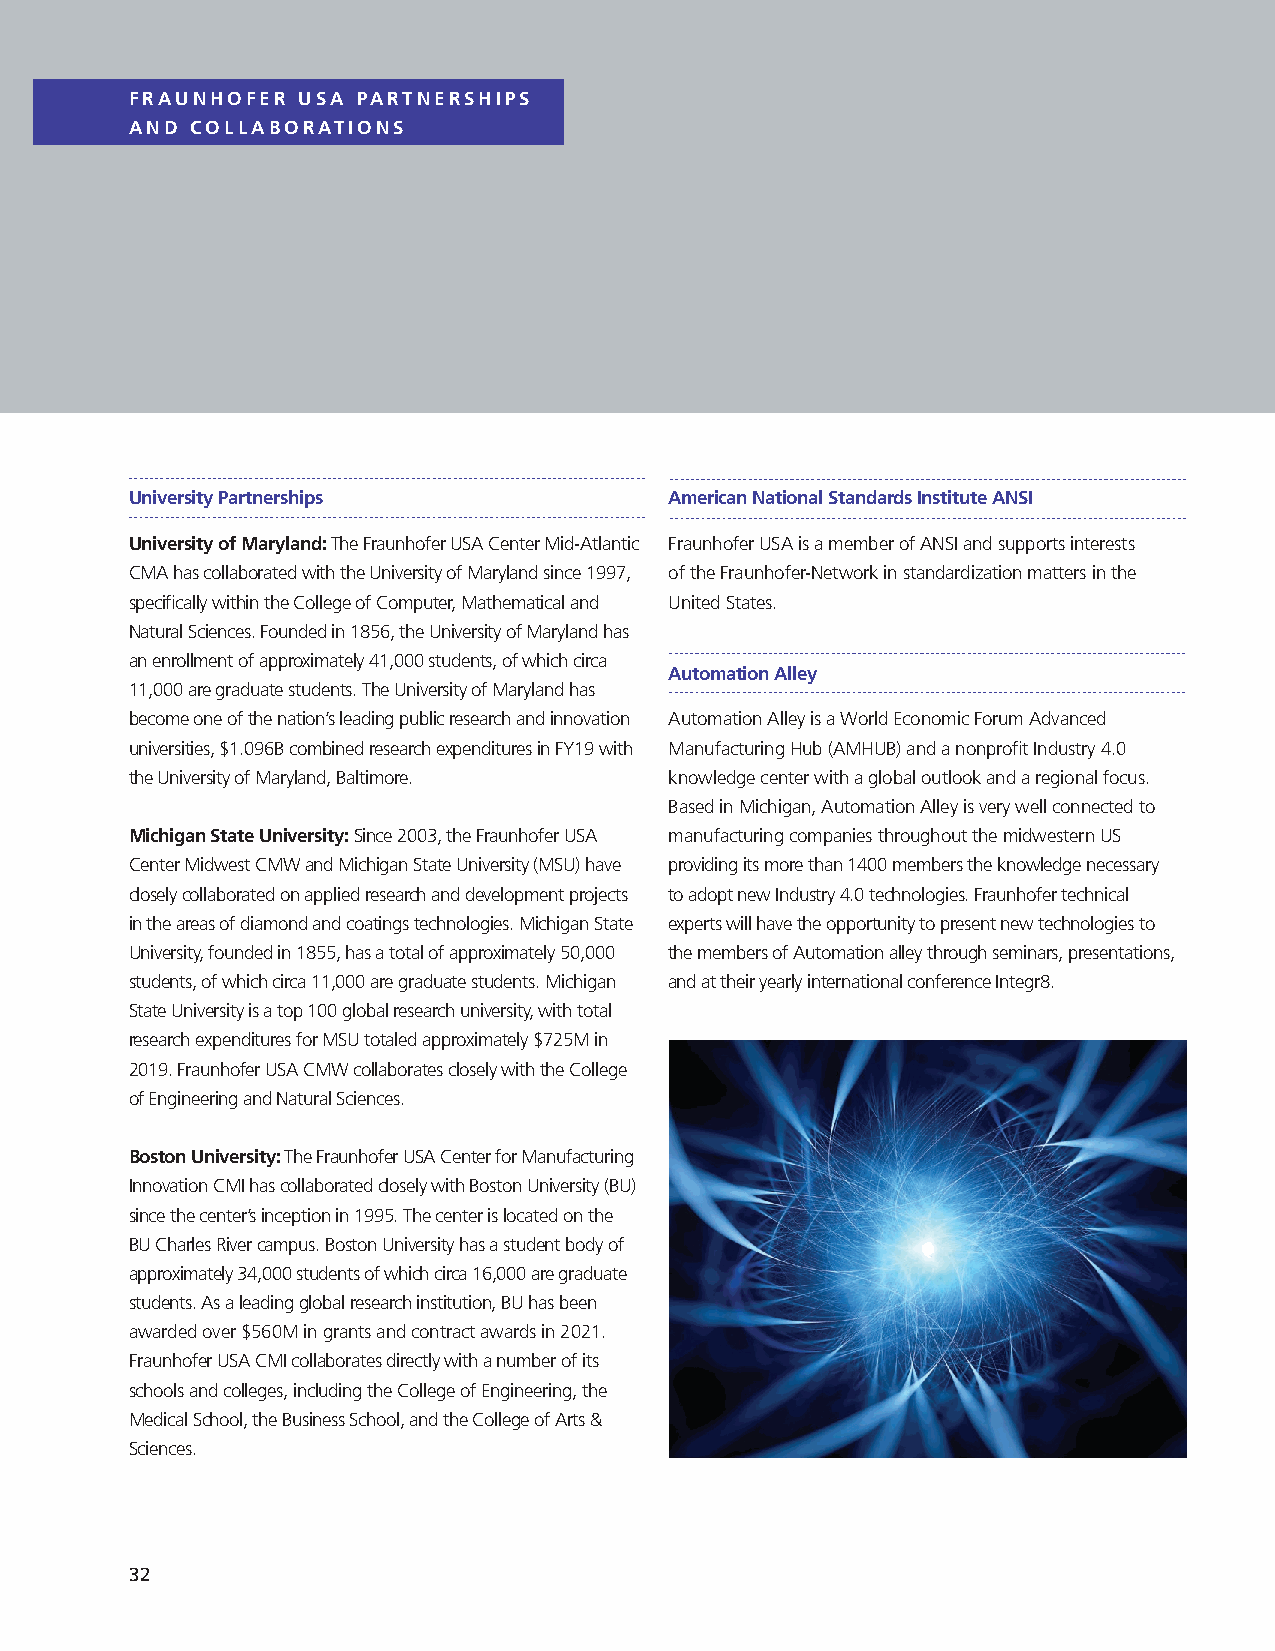
FRAUNHOFER USA PARTNERSHIPS
 AND COLLABORATIONS
 University Partnerships            American National Standards Institute ANSI
 University of Maryland: The Fraunhofer USA Center Mid-Atlantic Fraunhofer USA is a member of ANSI and supports interests
 CMA has collaborated with the University of Maryland since 1997, of the Fraunhofer-Network in standardization matters in the
 specifically within the College of Computer, Mathematical and United States.
 Natural Sciences. Founded in 1856, the University of Maryland has
 an enrollment of approximately 41,000 students, of which circa
 Automation Alley
 11,000 are graduate students. The University of Maryland has
 become one of the nation’s leading public research and innovation Automation Alley is a World Economic Forum Advanced
 universities, $1.096B combined research expenditures in FY19 with Manufacturing Hub (AMHUB) and a nonprofit Industry 4.0
 the University of Maryland, Baltimore. knowledge center with a global outlook and a regional focus.
 Based in Michigan, Automation Alley is very well connected to
 Michigan State University: Since 2003, the Fraunhofer USA manufacturing companies throughout the midwestern US
 Center Midwest CMW and Michigan State University (MSU) have providing its more than 1400 members the knowledge necessary
 closely collaborated on applied research and development projects to adopt new Industry 4.0 technologies. Fraunhofer technical
 in the areas of diamond and coatings technologies. Michigan State experts will have the opportunity to present new technologies to
 University, founded in 1855, has a total of approximately 50,000 the members of Automation alley through seminars, presentations,
 students, of which circa 11,000 are graduate students. Michigan and at their yearly international conference Integr8.
 State University is a top 100 global research university, with total
 research expenditures for MSU totaled approximately $725M in
 2019. Fraunhofer USA CMW collaborates closely with the College
 of Engineering and Natural Sciences.
 Boston University: The Fraunhofer USA Center for Manufacturing
 Innovation CMI has collaborated closely with Boston University (BU)
 since the center’s inception in 1995. The center is located on the
 BU Charles River campus. Boston University has a student body of
 approximately 34,000 students of which circa 16,000 are graduate
 students. As a leading global research institution, BU has been
 awarded over $560M in grants and contract awards in 2021.
 Fraunhofer USA CMI collaborates directly with a number of its
 schools and colleges, including the College of Engineering, the
 Medical School, the Business School, and the College of Arts &
 Sciences.
 32